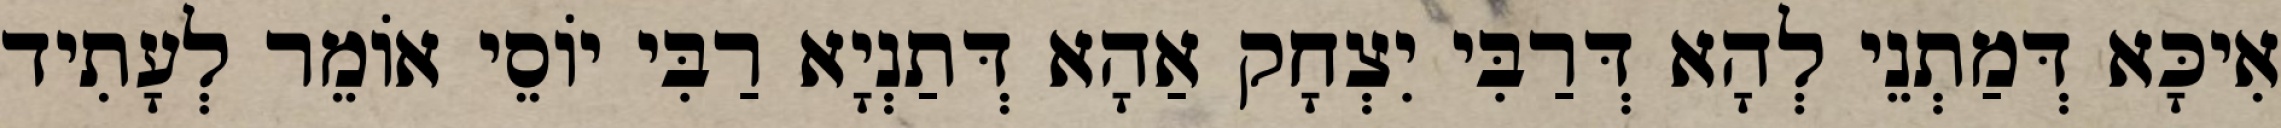
אִיכָּא דְּמַתְנֵי לְהָא דְּרַבִּי יִצְחָק אַהָא דְּתַנְיָא רַבִּי יוֹסֵי אוֹמֵר לְעָתִיד